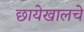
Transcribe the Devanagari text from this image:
छायेखालचे